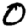
Digit: 0